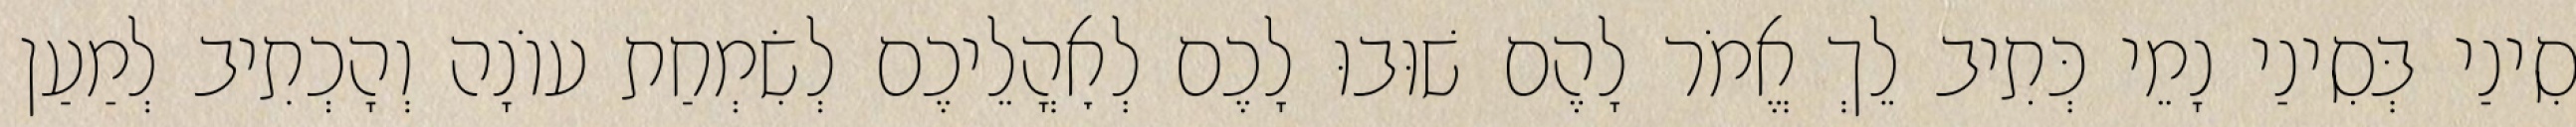
סִינַי בְּסִינַי נָמֵי כְּתִיב לֵךְ אֱמֹר לָהֶם שׁוּבוּ לָכֶם לְאׇהֳלֵיכֶם לְשִׂמְחַת עוֹנָה וְהָכְתִיב לְמַעַן